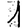
Digit: 1